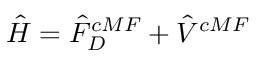
\hat { H } = \hat { F } _ { D } ^ { c M F } + \hat { V } ^ { c M F }